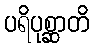
ပရိပုစ္ဆာတိ